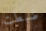
ضبطت